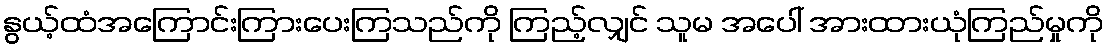
နွယ့်ထံအကြောင်းကြားပေးကြသည်ကို ကြည့်လျှင် သူမ အပေါ် အားထားယုံကြည်မှုကို